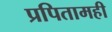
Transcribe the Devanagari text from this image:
प्रपितामही